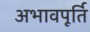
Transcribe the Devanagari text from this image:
अभावपूर्ति